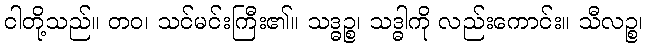
ငါတို့သည်။ တဝ၊ သင်မင်းကြီး၏။ သဒ္ဓဉ္စ၊ သဒ္ဓါကို လည်းကောင်း။ သီလဉ္စ၊